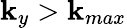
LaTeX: \mathbf{k}_{y}>\mathbf{k}_{max}